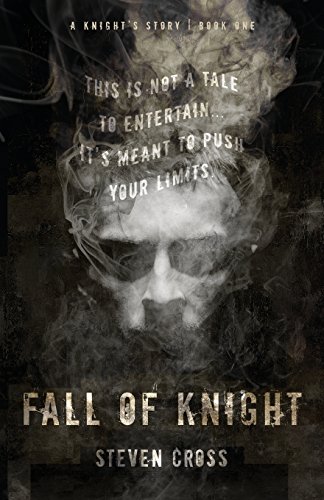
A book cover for Fall of Knight (A Knight's Story) (Volume 1); Steven Cross; Teen & Young Adult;